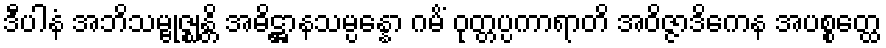
ဒီပါနံ အဘိသမ္ဗုဇ္ဈန္တိ အဓိဋ္ဌာနသမ္ပန္နော ဂမိံ ဝုတ္တပ္ပကာရာတိ အဝိဇ္ဇာဒိကေန အပစ္စတ္ထေ